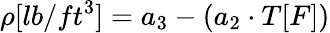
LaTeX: \rho[lb/ft^{3}]=a_{3}-(a_{2}\cdot T[F])